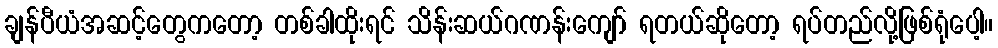
ချန်ပီယံအဆင့်တွေကတော့ တစ်ခါထိုးရင် သိန်းဆယ်ဂဏန်းကျော် ရတယ်ဆိုတော့ ရပ်တည်လို့ဖြစ်ရုံပေါ့။